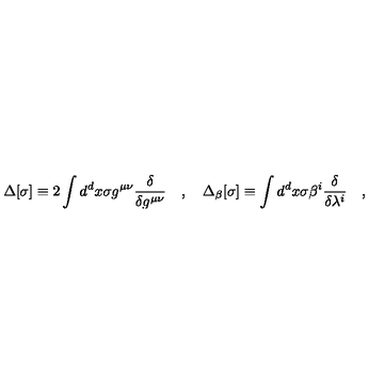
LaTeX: \Delta [ \sigma ] \equiv 2 \int d ^ { d } x \sigma g ^ { \mu \nu } \frac { \delta } { \delta g ^ { \mu \nu } } \quad , \quad \Delta _ { \beta } [ \sigma ] \equiv \int d ^ { d } x \sigma \beta ^ { i } \frac { \delta } { \delta \lambda ^ { i } } \quad ,